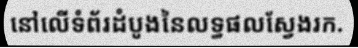
នៅលើទំព័រដំបូងនៃលទ្ធផលស្វែងរក.